Lunatic asylums Central Provinces reports 1895-1909 - 1895-1909
Year: 1895
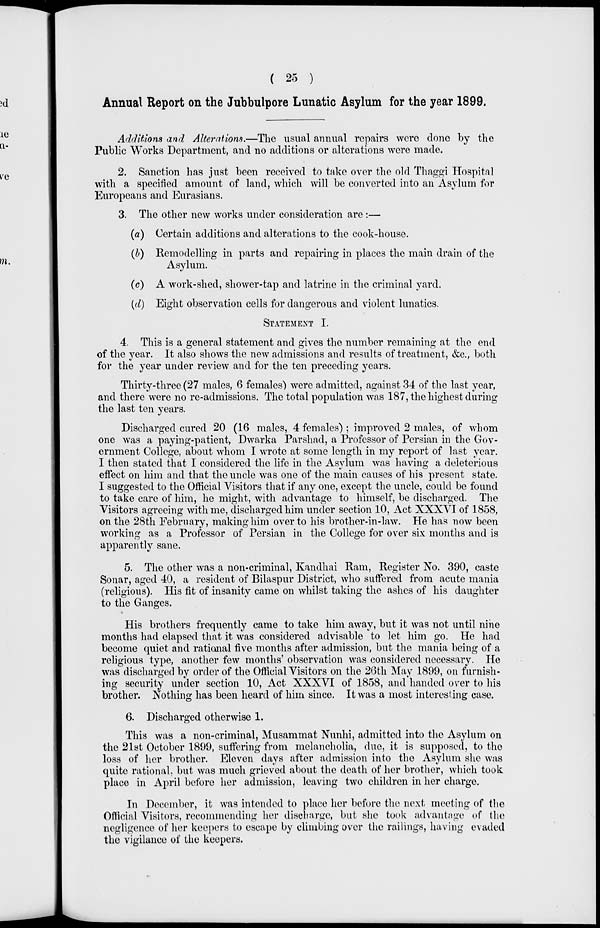
( 25 )
Annual Report on the Jubbulpore Lunatic Asylum for the year 1899.
Additions and Alterations.—The usual annual repairs were done by the
Public Works Department, and no additions or alterations were made.
2. Sanction has just been received to take over the old Thaggi Hospital
with a specified amount of land, which will be converted into an Asylum for
Europeans and Eurasians.
3. The other new works under consideration are :—
(a) Certain additions and alterations to the cook-house.
(b) Remodelling in parts and repairing in places the main drain of the
Asylum.
(c) A work-shed, shower-tap and latrine in the criminal yard.
(d) Eight observation cells for dangerous and violent lunatics.
STATEMENT I.
4. This is a general statement and gives the number remaining at the end
of the year. It also shows the new admissions and results of treatment, &c., both
for the year under review and for the ten preceding years.
Thirty-three (27 males, 6 females) were admitted, against 34 of the last year,
and there were no re-admissions. The total population was 187, the highest during
the last ten years.
Discharged cured 20 (16 males, 4 females) ; improved 2 males, of whom
one was a paying-patient, Dwarka Parshad, a Professor of Persian in the Gov-
ernment College, about whom I wrote at some length in my report of last year.
I then stated that I considered the life in the Asylum was having a deleterious
effect on him and that the uncle was one of the main causes of his present state.
I suggested to the Official Visitors that if any one, except the uncle, could be found
to take care of him, he might, with advantage to himself, be discharged. The
Visitors agreeing with me, discharged him under section 10, Act XXXVI of 1858,
on the 28th February, making him over to his brother-in-law. He has now been
working as a Professor of Persian in the College for over six months and is
apparently sane.
5. The other was a non-criminal, Kandhai Ram, Register No. 390, caste
Sonar, aged 40, a resident of Bilaspur District, who suffered from acute mania
(religious). His fit of insanity came on whilst taking the ashes of his daughter
to the Ganges.
His brothers frequently came to take him away, but it was not until nine
months had elapsed that it was considered advisable to let him go. He had
become quiet and rational five months after admission, but the mania being of a
religious type, another few months' observation was considered necessary. He
was discharged by order of the Official Visitors on the 26th May 1899, on furnish-
ing security under section 10, Act XXXVI of 1858, and handed over to his
brother. Nothing has been heard of him since. It was a most interesting case.
6. Discharged otherwise 1.
This was a non-criminal, Musammat Nunhi, admitted into the Asylum on
the 21st October 1899, suffering from melancholia, due, it is supposed, to the
loss of her brother. Eleven days after admission into the Asylum she was
quite rational, but was much grieved about the death of her brother, which took
place in April before her admission, leaving two children in her charge.
In December, it was intended to place her before the next meeting of the
Official Visitors, recommending her discharge, but she took advantage of the
negligence of her keepers to escape by climbing over the railings, having evaded
the vigilance of the keepers.